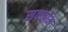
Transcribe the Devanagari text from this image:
सवर्त्तोम